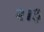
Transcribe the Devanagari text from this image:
२।३